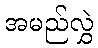
အမည်လွှဲ